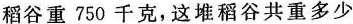
稻谷重750千克，这堆稻谷共重多少